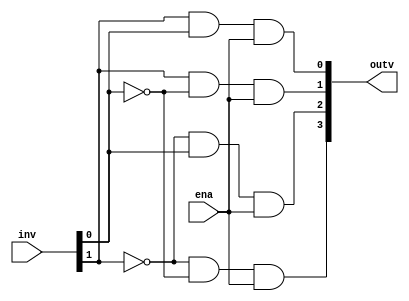
module DEC24 (ena, inv, outv);
  input ena;
  input [1:0] inv;
  output [3:0] outv;
  
  wire ena;
  wire [1:0] inv;
  wire [3:0] outv;

  assign outv[3] = ~inv[1] & ~inv[0] & ena;
  assign outv[2] = ~inv[1] & inv[0] & ena;
  assign outv[1] = inv[1] & ~inv[0] & ena;
  assign outv[0] = inv[1] & inv[0] & ena;

endmodule